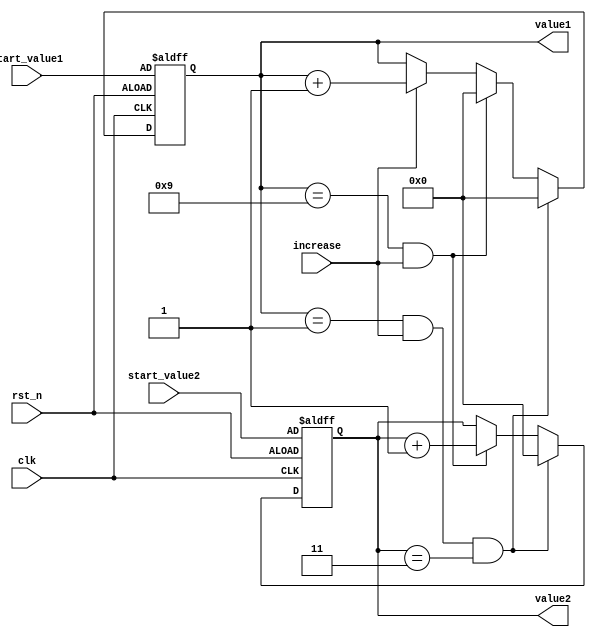
`timescale 1ns / 1ps
//////////////////////////////////////////////////////////////////////////////////
// Company: 
// Engineer: 
// 
// Design Name: 
// Module Name: upcounter_num
// Project Name: 
// Target Devices: 
// Tool Versions: 
// Description: 
// 
// Dependencies: 
// 
// Revision:
// Revision 0.01 - File Created
// Additional Comments:
// 
//////////////////////////////////////////////////////////////////////////////////


module upcounter_game(
    input increase,
    input clk,
    input rst_n,
    input [3:0]start_value1,
    input [3:0]start_value2,
    output reg [3:0] value1,
    output reg [3:0] value2
    );
    reg [3:0]value1_tmp;  
    reg [3:0]value2_tmp;
    
    always @*
    if(value1==4'd1 && increase && (value2 == 4'd3))
    begin
    value1_tmp = 0;
    value2_tmp = 0;
    end
    
    else if(value1 == 4'd9 && increase)
    begin
    value1_tmp = 0;
    value2_tmp = value2+1'b1;
    end
    
    else if(increase)
    begin 
    value1_tmp = value1+1'b1;
    value2_tmp = value2;
    end
    
    else
    begin
    value1_tmp = value1;
    value2_tmp = value2;
    end
    
    always@(posedge clk or negedge rst_n)
    begin
    if(~rst_n) 
        begin
        value1 <= start_value1;
        value2 <= start_value2;
        end
    else 
        begin
        value1 <= value1_tmp;
        value2 <= value2_tmp;
        end
    end
    endmodule